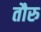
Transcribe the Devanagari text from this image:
तौरु